Report of the Bombay Veterinary College
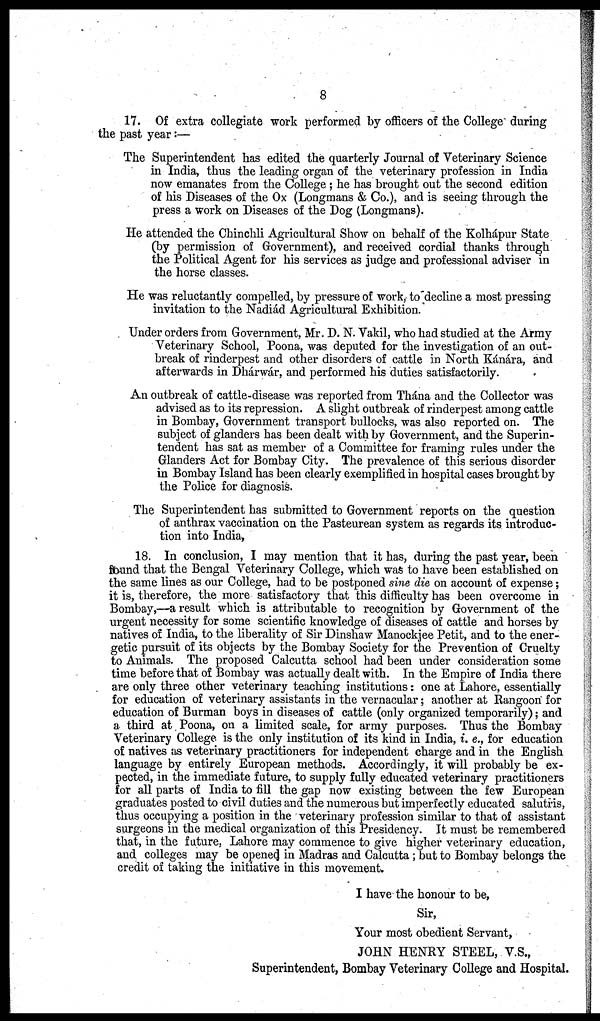
8
17. Of extra collegiate work performed by officers of the College during
the past year:—
The Superintendent has edited the quarterly Journal of Veterinary Science
in India, thus the leading organ of the veterinary profession in India
now emanates from the College ; he has brought out the second edition
of his Diseases of the Ox (Longmans & Co.), and is seeing through the
press a work on Diseases of the Dog (Longmans).
He attended the Chinchli Agricultural Show on behalf of the Kolhápur State
(by permission of Government), and received cordial thanks through
the Political Agent for his services as judge and professional adviser in
the horse classes.
He was reluctantly compelled, by pressure of work,- to decline a most pressing
invitation to the Nadiád Agricultural Exhibition.
Under orders from Government, Mr. D. N. Vakil, who had studied at the Army
Veterinary School, Poona, was deputed for the investigation of an out-
break of rinderpest and other disorders of cattle in North Kánára, and
afterwards in Dhárwár, and performed his duties satisfactorily.
An outbreak of cattle-disease was reported from Thána and the Collector was
advised as to its repression. A slight outbreak of rinderpest among cattle
in Bombay, Government transport bullocks, was also reported on. The
subject of glanders has been dealt with by Government, and the Superin-
tendent has sat as member of a Committee for framing rules under the
Glanders Act for Bombay City. The prevalence of this serious disorder
in Bombay Island has been clearly exemplified in hospital cases brought by
the Police for diagnosis.
The Superintendent has submitted to Government reports on the question
of anthrax vaccination on the Pasteurean system as regards its introduc-
tion into India,
18. In conclusion, I may mention that it has, during the past year, been
found that the Bengal Veterinary College, which was to have been established on
the same lines as our College, had to be postponed sine die on account of expense;
it is, therefore, the more satisfactory that this difficulty has been overcome in
Bombay,—a result which is attributable to recognition by Government of the
urgent necessity for some scientific knowledge of diseases of cattle and horses by
natives of India, to the liberality of Sir Dinshaw Manockjee Petit, and to the ener-
getic pursuit of its objects by the Bombay Society for the Prevention of Cruelty
to Animals. The proposed Calcutta school had been under consideration some
time before that of Bombay was actually dealt with. In the Empire of India there
are only three other veterinary teaching institutions: one at Lahore, essentially
for education of veterinary assistants in the vernacular; another at Rangoon for
education of Burman boys in diseases of cattle (only organized temporarily); and
a third at Poona, on a limited scale, for army purposes. Thus the Bombay
Veterinary College is the only institution of its kind in India, i. e., for education
of natives as veterinary practitioners for independent charge and in the English
language by entirely European methods. Accordingly, it will probably be ex-
pected, in the immediate future, to supply fully educated veterinary practitioners
for all parts of India to fill the gap now existing between the few European
graduates posted to civil duties and the numerous but imperfectly educated salutris,
thus occupying a position in the veterinary profession similar to that of assistant
surgeons in the medical organization of this Presidency. It must be remembered
that, in the future, Lahore may commence to give higher veterinary education,
and, colleges may be opened in Madras and Calcutta; but to Bombay belongs the
credit of taking the initiative in this movement.
I have the honour to be,
Sir,
Your most obedient Servant,
JOHN HENRY STEEL, V.S.,
Superintendent, Bombay Veterinary College and Hospital.